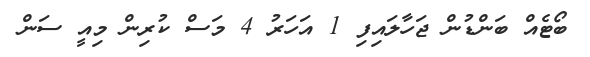
ބޯޓެއް ބަންޑުން ޖަހާލައިފި 1 އަހަރު 4 މަސް ކުރިން މިއީ ސަން